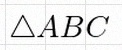
\triangle ABC